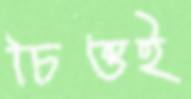
চিত্তই